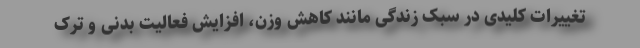
تغییرات کلیدی در سبک زندگی مانند کاهش وزن، افزایش فعالیت بدنی و ترک